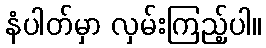
နံပါတ်မှာ လှမ်းကြည့်ပါ။